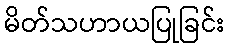
မိတ်သဟာယပြုခြင်း